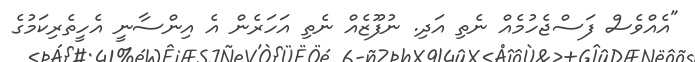
"އެއްވެސް ފަސްޖެހުމެއް ނެތި އަދި. ނުފޫޒެއް ނެތި އަހަރެން އެ އިންސާނީ އެހީތެރިކަމުގެ